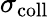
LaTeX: \sigma_{\mathrm{coll}}